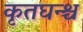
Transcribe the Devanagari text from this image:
कृतघन्श्च